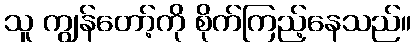
သူ ကျွန်တော့်ကို စိုက်ကြည့်နေသည်။